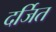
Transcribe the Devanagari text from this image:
दर्जित